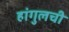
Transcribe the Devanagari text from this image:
हांगुलची